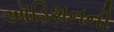
ઑડિશનની